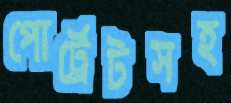
পোর্ট্রেটসহ